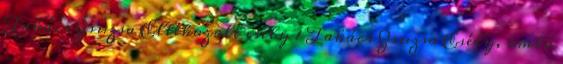
Takács Zsuzsa Eltékozolt esély 1 Takács Zsuzsa Esély, omló